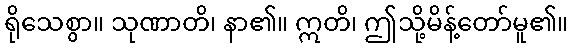
ရိုသေစွာ။ သုဏာတိ၊ နာ၏။ ဣတိ၊ ဤသို့မိန့်တော်မူ၏။